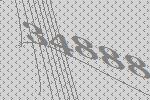
34888